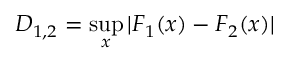
D _ { 1 , 2 } = \operatorname* { s u p } _ { x } | F _ { 1 } ( x ) - F _ { 2 } ( x ) |